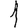
Digit: 1